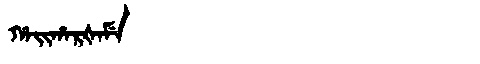
Manchu: ᡥᠠᡳᡥᠠᡵᡧᠠᠮᡝ
Romanization: HAIHARŠAME